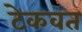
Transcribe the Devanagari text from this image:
टेकवत